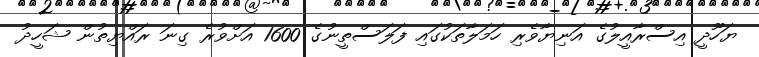
ޔަހޫދީ އިސްރާއީލުގެ އަނިޔާވެރި ހަމަލާތަކުގައި ފަލަސްތީނުގެ 1600 އަށްވުރެ ގިނަ ރައްޔިތުން ޝަހީދު